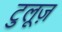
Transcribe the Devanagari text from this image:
टुलूज़